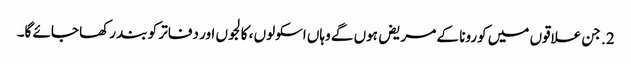
2. جن علاقوں میں کورونا کے مریض ہوں گے وہاں اسکولوں ، کالجوں اور دفاتر کو بند رکھا جائے گا۔